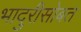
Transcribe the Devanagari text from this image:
भादुरीसोबत